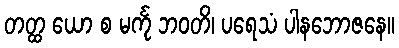
တတ္ထ ယော စ မင်္ကု ဘဝတိ၊ ပရေသံ ပါနဘောဇနေ။